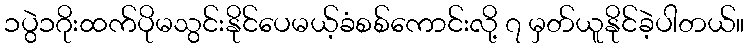
၁ပွဲ၁ဂိုးထက်ပိုမသွင်းနိုင်ပေမယ့်ခံစစ်ကောင်းလို့ ၇ မှတ်ယူနိုင်ခဲ့ပါတယ်။